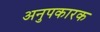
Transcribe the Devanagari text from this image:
अनुपकारक